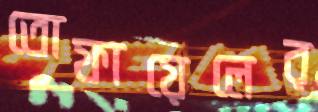
তোফায়েলের